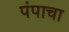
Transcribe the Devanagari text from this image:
पंपाचा